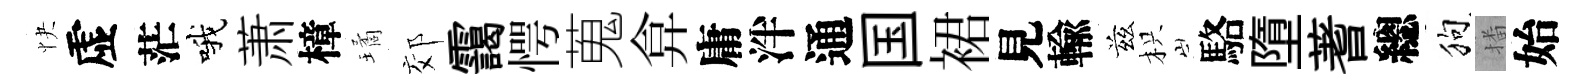
快虚茫哦萧樟璚郊靄愕蒐弇庸泮通国裙見輸兹枳駱墮蓍總狗播始